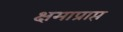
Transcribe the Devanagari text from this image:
क्षमाप्राप्त